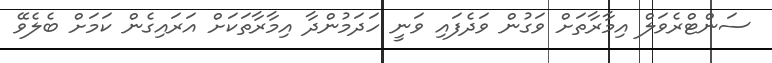
ސަންޓްރެވަލް އިމާރާތަށް ވަގުން ވަދެފައި ވަނީ ހަދަމުންދާ އިމާރާތަކަށް އަރައިގެން ކަމަށް ބެލެވޭ